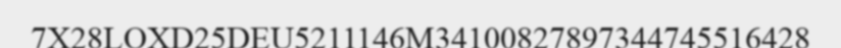
7X28LOXD25DEU5211146M34100827897344745516428